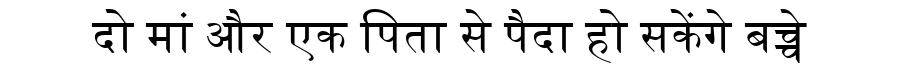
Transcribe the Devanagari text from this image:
दो मां और एक पिता से पैदा हो सकेंगे बच्चे